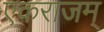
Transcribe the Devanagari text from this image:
एकराजम्